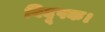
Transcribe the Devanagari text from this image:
विदूषक।